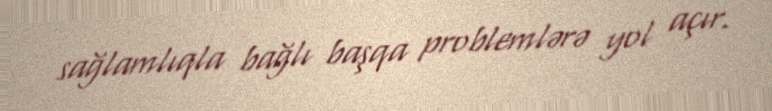
sağlamlıqla bağlı başqa problemlərə yol açır.